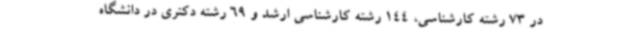
در 73 رشته کارشناسی، 144 رشته کارشناسی ارشد و 69 رشته دکتری در دانشگاه